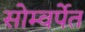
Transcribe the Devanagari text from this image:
सोम्वर्पेत